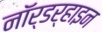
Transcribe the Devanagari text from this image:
नॉर्डर्‍हाइन